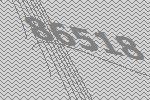
86518